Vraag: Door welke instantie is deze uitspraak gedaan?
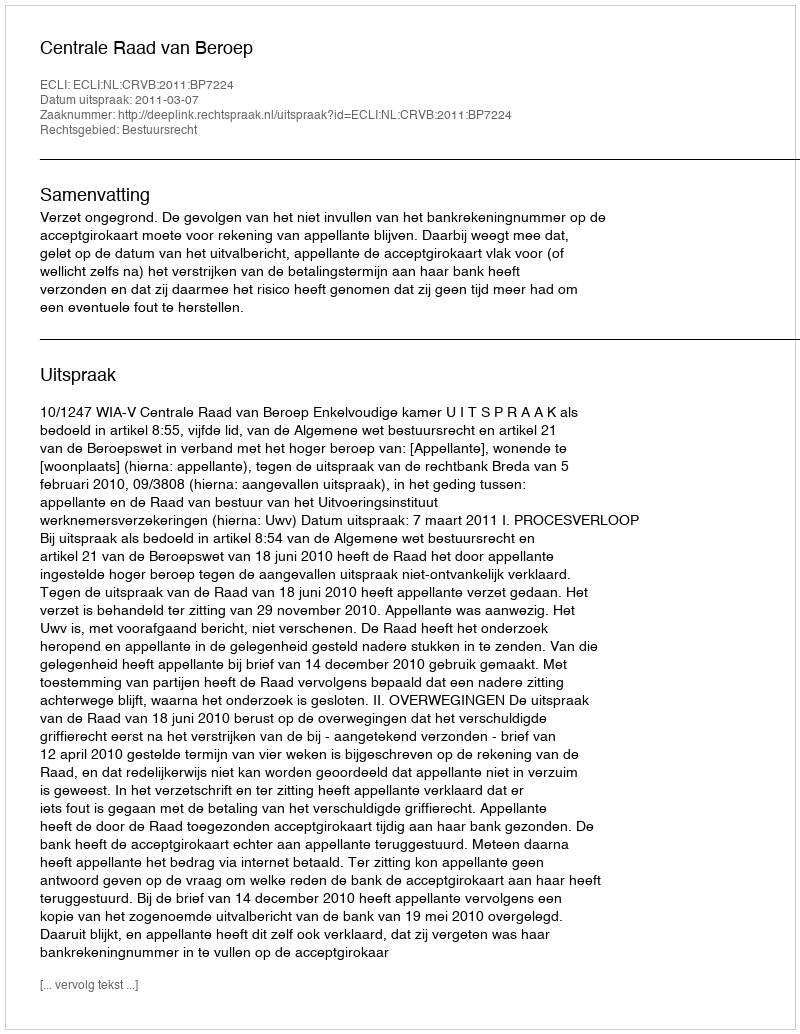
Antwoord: Centrale Raad van Beroep